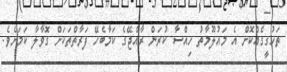
ތަހުގީގެއްކޮށް އެ މައުލޫމާތު ހިއްސާ ކުރަން ރާއްޖޭގެ ކަމާބެހޭ ފަރާތްތަކަށް ގޮވާލާ ކަމަށެވެ.